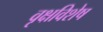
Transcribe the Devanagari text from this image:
वृक्षविशेष